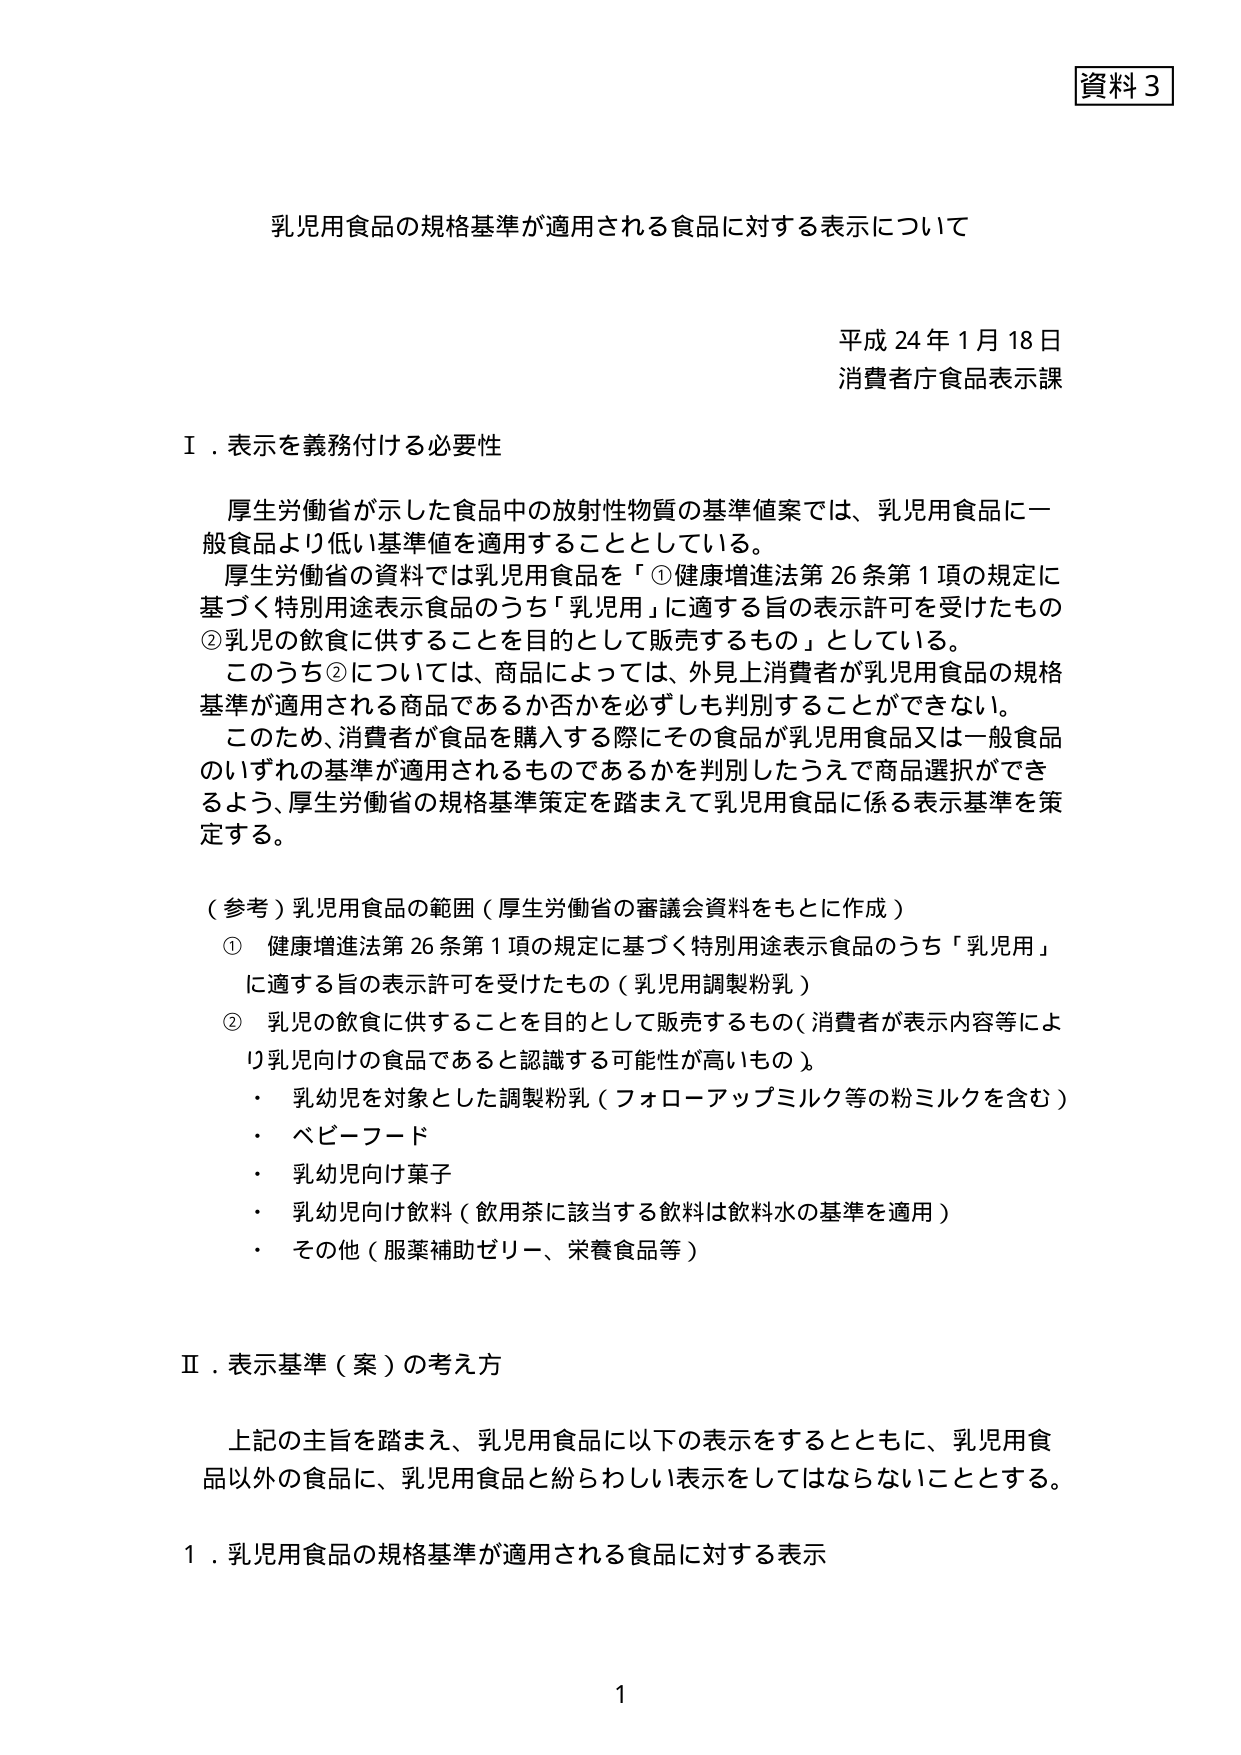
資料３

乳児用食品の規格基準が適用される食品に対する表示について

平成24年1月18日
消費者庁食品表示課

Ⅰ．表示を義務付ける必要性

厚生労働省が示した食品中の放射性物質の基準値案では、乳児用食品に一般食品より低い基準値を適用することとしている。
厚生労働省の資料では乳児用食品を「①健康増進法第26条第1項の規定に基づく特別用途表示食品のうち「乳児用」に適する旨の表示許可を受けたもの ②乳児の飲食に供することを目的として販売するもの」としている。
このうち②については、商品によっては、外見上消費者が乳児用食品の規格基準が適用される商品であるか否かを必ずしも判別することができない。
このため、消費者が食品を購入する際にその食品が乳児用食品又は一般食品のいずれの基準が適用されるものであるかを判別したうえで商品選択ができるよう、厚生労働省の規格基準策定を踏まえて乳児用食品に係る表示基準を策定する。

（参考）乳児用食品の範囲（厚生労働省の審議会資料をもとに作成）
① 健康増進法第26条第1項の規定に基づく特別用途表示食品のうち「乳児用」に適する旨の表示許可を受けたもの（乳児用調製粉乳）
② 乳児の飲食に供することを目的として販売するもの（消費者が表示内容等により乳児向けの食品であると認識する可能性が高いもの）
・ 乳幼児を対象とした調製粉乳（フォローアップミルク等の粉ミルクを含む）
・ ベビーフード
・ 乳幼児向け菓子
・ 乳幼児向け飲料（飲用茶に該当する飲料は飲料水の基準を適用）
・ その他（服薬補助ゼリー、栄養食品等）

Ⅱ．表示基準（案）の考え方

上記の主旨を踏まえ、乳児用食品に以下の表示をするとともに、乳児用食品以外の食品に、乳児用食品と紛らわしい表示をしてはならないこととする。

1．乳児用食品の規格基準が適用される食品に対する表示

1